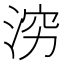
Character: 𪶉